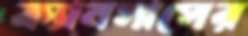
ক্যানসাসের